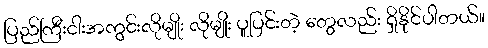
ပြည်ကြီးငါးအကွင်းလိုမျိုး လိုမျိုး ပူပြင်းတဲ့ တွေလည်း ရှိနိုင်ပါတယ်။